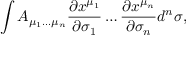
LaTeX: \int A _ { \mu _ { 1 } \ldots \mu _ { n } } { \frac { \partial x ^ { \mu _ { 1 } } } { \partial \sigma _ { 1 } } } \ldots { \frac { \partial x ^ { \mu _ { n } } } { \partial \sigma _ { n } } } d ^ { n } \sigma ,